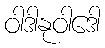
ဝါဒါနုဝါဒေါ